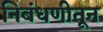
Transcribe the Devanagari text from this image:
निबंधणीतून